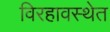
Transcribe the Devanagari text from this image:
विरहावस्थेत